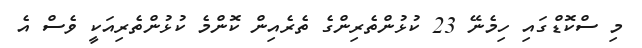
މި ސްކޮޑްގައި ހިމެނޭ 23 ކުޅުންތެރިންގެ ތެރެއިން ކޮންމެ ކުޅުންތެރިއަކީ ވެސް އެ